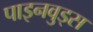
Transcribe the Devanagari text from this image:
पाइनवुड्स